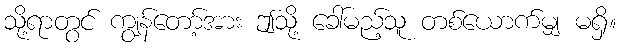
သို့ရာတွင် ကျွန်တော့်အား ဤသို့ ခေါ်မည့်သူ တစ်ယောက်မျှ မရှိ။